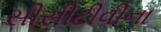
સીસીટીવીના